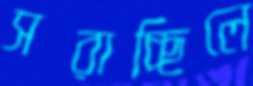
সরাচ্ছিলে